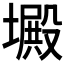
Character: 𡑴